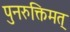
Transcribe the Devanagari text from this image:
पुनरुक्तिमत्